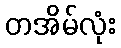
တအိမ်လုံး